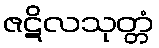
ဇဋိလသုတ္တံ